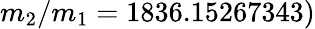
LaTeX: m_{2}/m_{1}=1836.15267343)